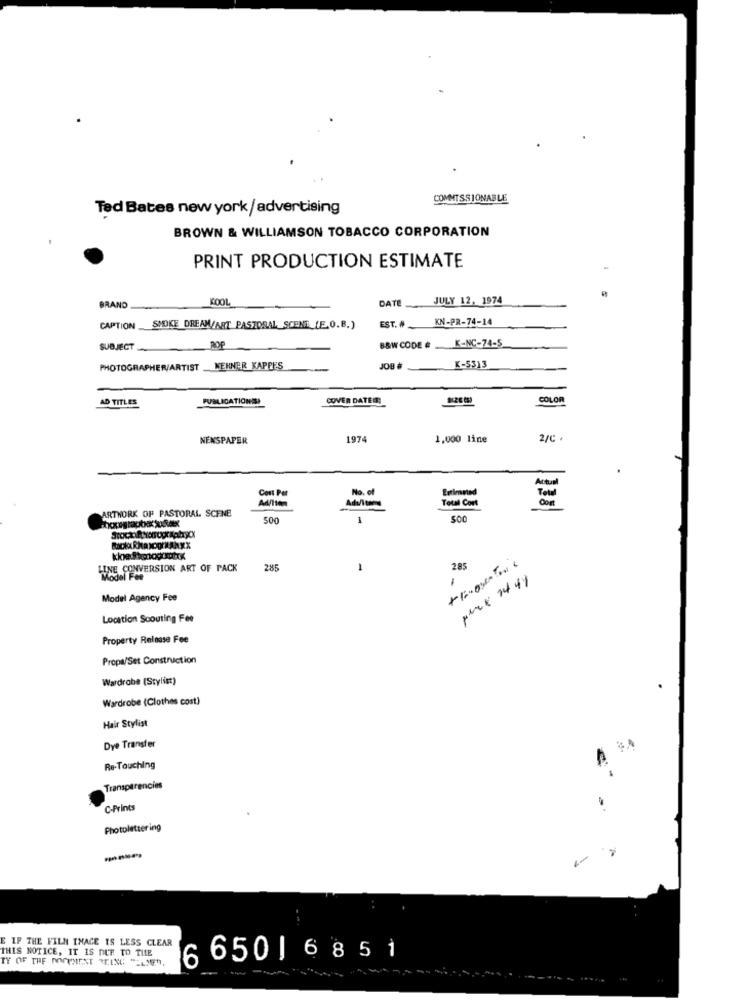
COMMISSIONABLE
Ted Bates new york/advertising
BROWN & WILLIAMSON TOBACCO CORPORATION
PRINT PRODUCTION ESTIMATE
COOL
DATE
JULY 12, 1974
BRAND
KN-PR-74-14
CAPTION SMOKE DREAM/ART PASTORAL SCENT [E.O.B.)
EST. #
K-NC-74-5
SUBJECT
ROP
B&W CODE #
#Bor
PHOTOGRAPHER/ARTIST KEHNER KAPPES
K-5313
AD TITLES
PUBLICATIONES
COVER DATER;
COLOR
NEWSPAPER
1974
1,000 line
2/C
Cost Per
No. of
Estimated
Ad/Item
Total Cort
ARTWORK OF PASTORAL SCENE
=
500
1
285
LINE CONVERSION ART OF PACK
285
1
Model Agency Fee
Location Scouting Fee
Property Release Fee
Propa/Set Construction
Wardrobe (Stylist)
Wardrobe (Clothes cost)
Hair Stylist
Dye Transfer
Re-Touching
Transparencies
C-Prints
Photolettering
----
E IF THE FILM IMAGE IS LESS CLEAR
THIS NOTICE, IT IS DUE TO THE
TY OF THE DOCUMENT REING "ELMER,
6 650 | 6 8 5 1